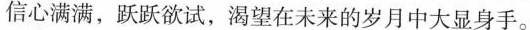
信心满满，跃跃欲试，渴望在未来的岁月中大显身手。